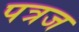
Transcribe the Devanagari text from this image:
पत्रज